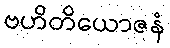
ဗဟိတိယောဇနံ